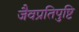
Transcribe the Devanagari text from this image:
जैवप्रतिपुष्टि